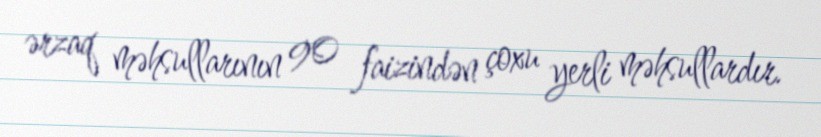
ərzaq məhsullarının 90 faizindən çoxu yerli məhsullardır.